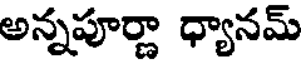
అన్నపూర్ణా ధ్యానమ్